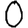
Digit: 0